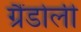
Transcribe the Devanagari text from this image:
ग्रैंडोली